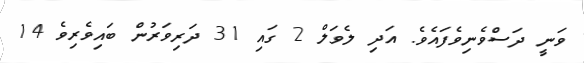
ވަނީ ދަސްވެނިވެފައެވެ. އަދި ލެވަލް 2 ގައި 31 ދަރިވަރުން ބައިވެރިވެ 14